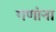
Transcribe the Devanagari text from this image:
गणांना